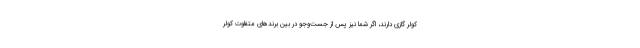
کولر گازی دارند، اگر شما نیز پس از جست‌وجو در بین برندهای متفاوت کولر